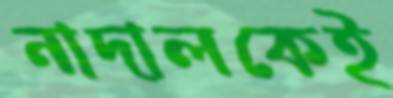
নাদালকেই